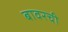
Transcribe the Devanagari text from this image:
बावरची